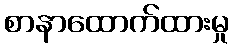
စာနာထောက်ထားမှု